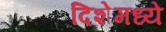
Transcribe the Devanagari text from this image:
दिशेमध्ये